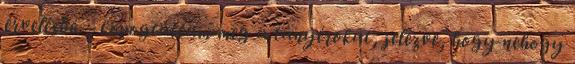
érvelésbe. - kopogtattam meg a tányérokat, jelezve, hogy nehogy